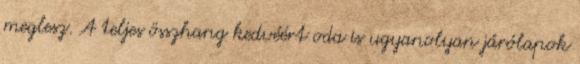
meglesz. A teljes összhang kedvéért oda is ugyanolyan járólapok